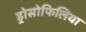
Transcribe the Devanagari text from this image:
ड्रोसोफिलिया